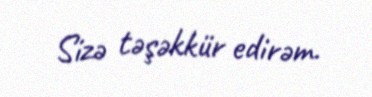
Sizə təşəkkür edirəm.